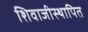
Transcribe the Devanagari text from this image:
शिवाजीस्थापित